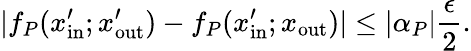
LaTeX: |f_{P}(x_{\mathrm{in}}^{\prime};x_{\mathrm{out}}^{\prime})-f_{P}(x_{\mathrm{in}}^{\prime};x_{\mathrm{out}})|\leq|\alpha_{P}|\frac{\epsilon}{2}.